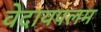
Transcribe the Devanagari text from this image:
वेदायपलम